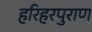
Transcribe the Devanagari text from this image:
हरिहरपुराण